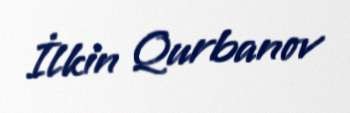
İlkin Qurbanov